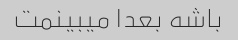
باشه بعدا میبینمت